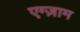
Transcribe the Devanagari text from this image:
एग्ज़ाम